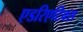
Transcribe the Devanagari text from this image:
एडरिएटिक्स